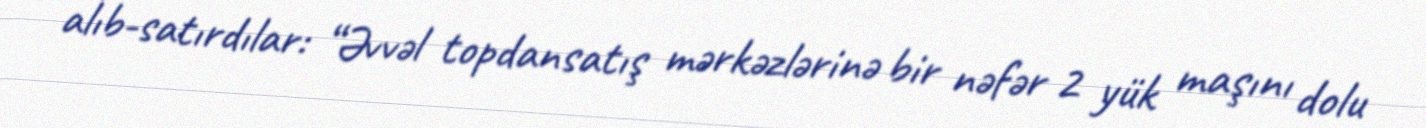
alıb-satırdılar: “Əvvəl topdansatış mərkəzlərinə bir nəfər 2 yük maşını dolu